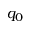
q _ { 0 }